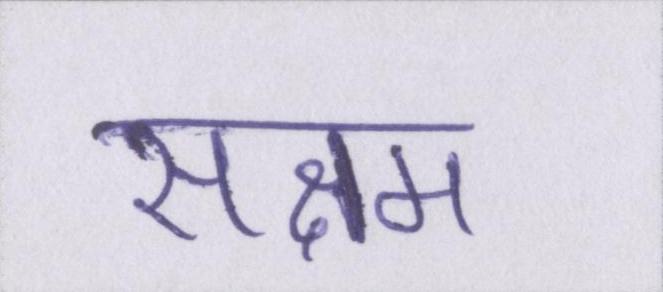
सक्षम